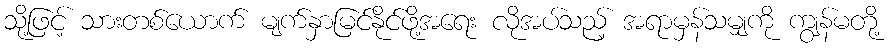
သို့ဖြင့် သားတစ်ယောက် မျက်နှာမြင်နိုင်ဖို့အရေး လိုအပ်သည့် အရာမှန်သမျှကို ကျွန်မတို့